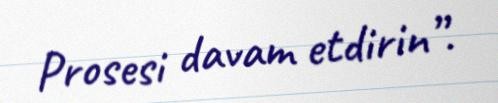
Prosesi davam etdirin”.